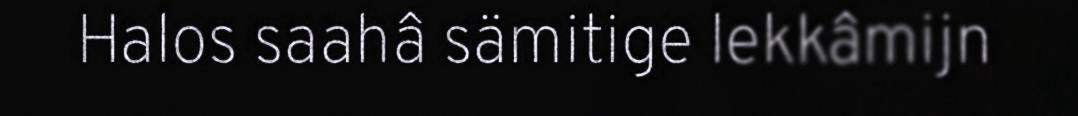
Halos saahâ sämitige lekkâmijn